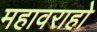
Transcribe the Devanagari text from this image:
महावराहो